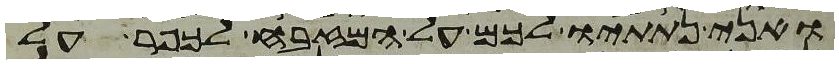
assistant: ואני נתתיו לכם על המזבח לכפר על